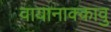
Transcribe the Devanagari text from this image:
वायानाक्कावु